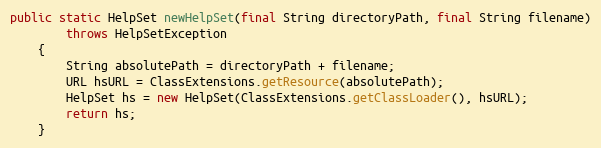
Language: Java
public static HelpSet newHelpSet(final String directoryPath, final String filename)
		throws HelpSetException
	{
		String absolutePath = directoryPath + filename;
		URL hsURL = ClassExtensions.getResource(absolutePath);
		HelpSet hs = new HelpSet(ClassExtensions.getClassLoader(), hsURL);
		return hs;
	}